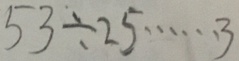
5 3 \div 2 5 \cdots 3